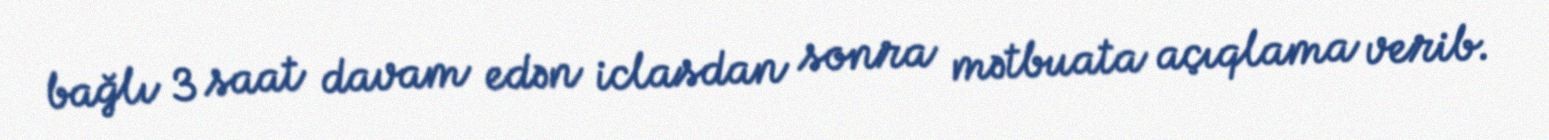
bağlı 3 saat davam edən iclasdan sonra mətbuata açıqlama verib.